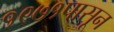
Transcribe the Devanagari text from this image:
१९७१पासून